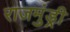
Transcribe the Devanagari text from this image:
राजमुंड्री